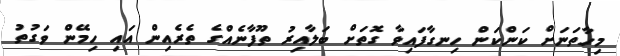
މިހާތަނަށް ކަންކަން ހިނގާފައިވާ ގޮތަށް ބަލާއިރު ތޫފާނެއްގެ ތެރެއިން އައި ހިމޭން ވަގުތު